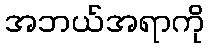
အဘယ်အရာကို